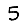
Digit: 5